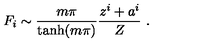
F _ { i } \sim \frac { m \pi } { \tanh ( m \pi ) } \frac { z ^ { i } + a ^ { i } } { Z } \ .